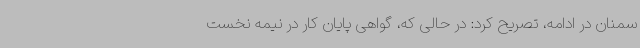
سمنان در ادامه، تصریح‌ کرد: در حالی که، گواهی پایان کار در نیمه نخست